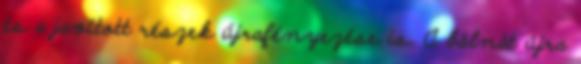
és a javított részek újrafényezése is. A bálnát újra